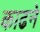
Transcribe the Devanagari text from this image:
काढने